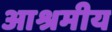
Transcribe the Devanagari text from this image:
आश्रमीय